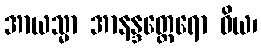
အာယသ္မာ အာနန္ဒတ္ထေရော ဝိယ၊